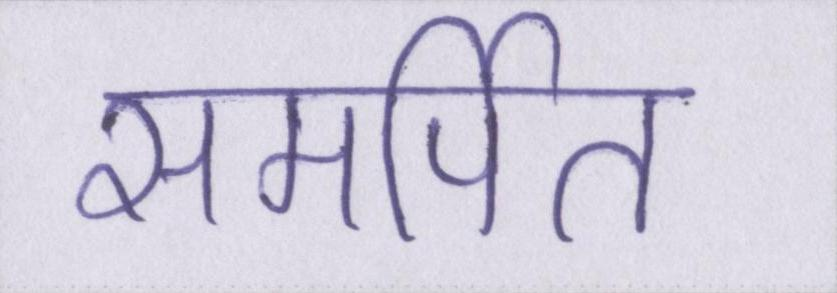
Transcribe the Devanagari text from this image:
समर्पित